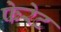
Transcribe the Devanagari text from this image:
फेरेट